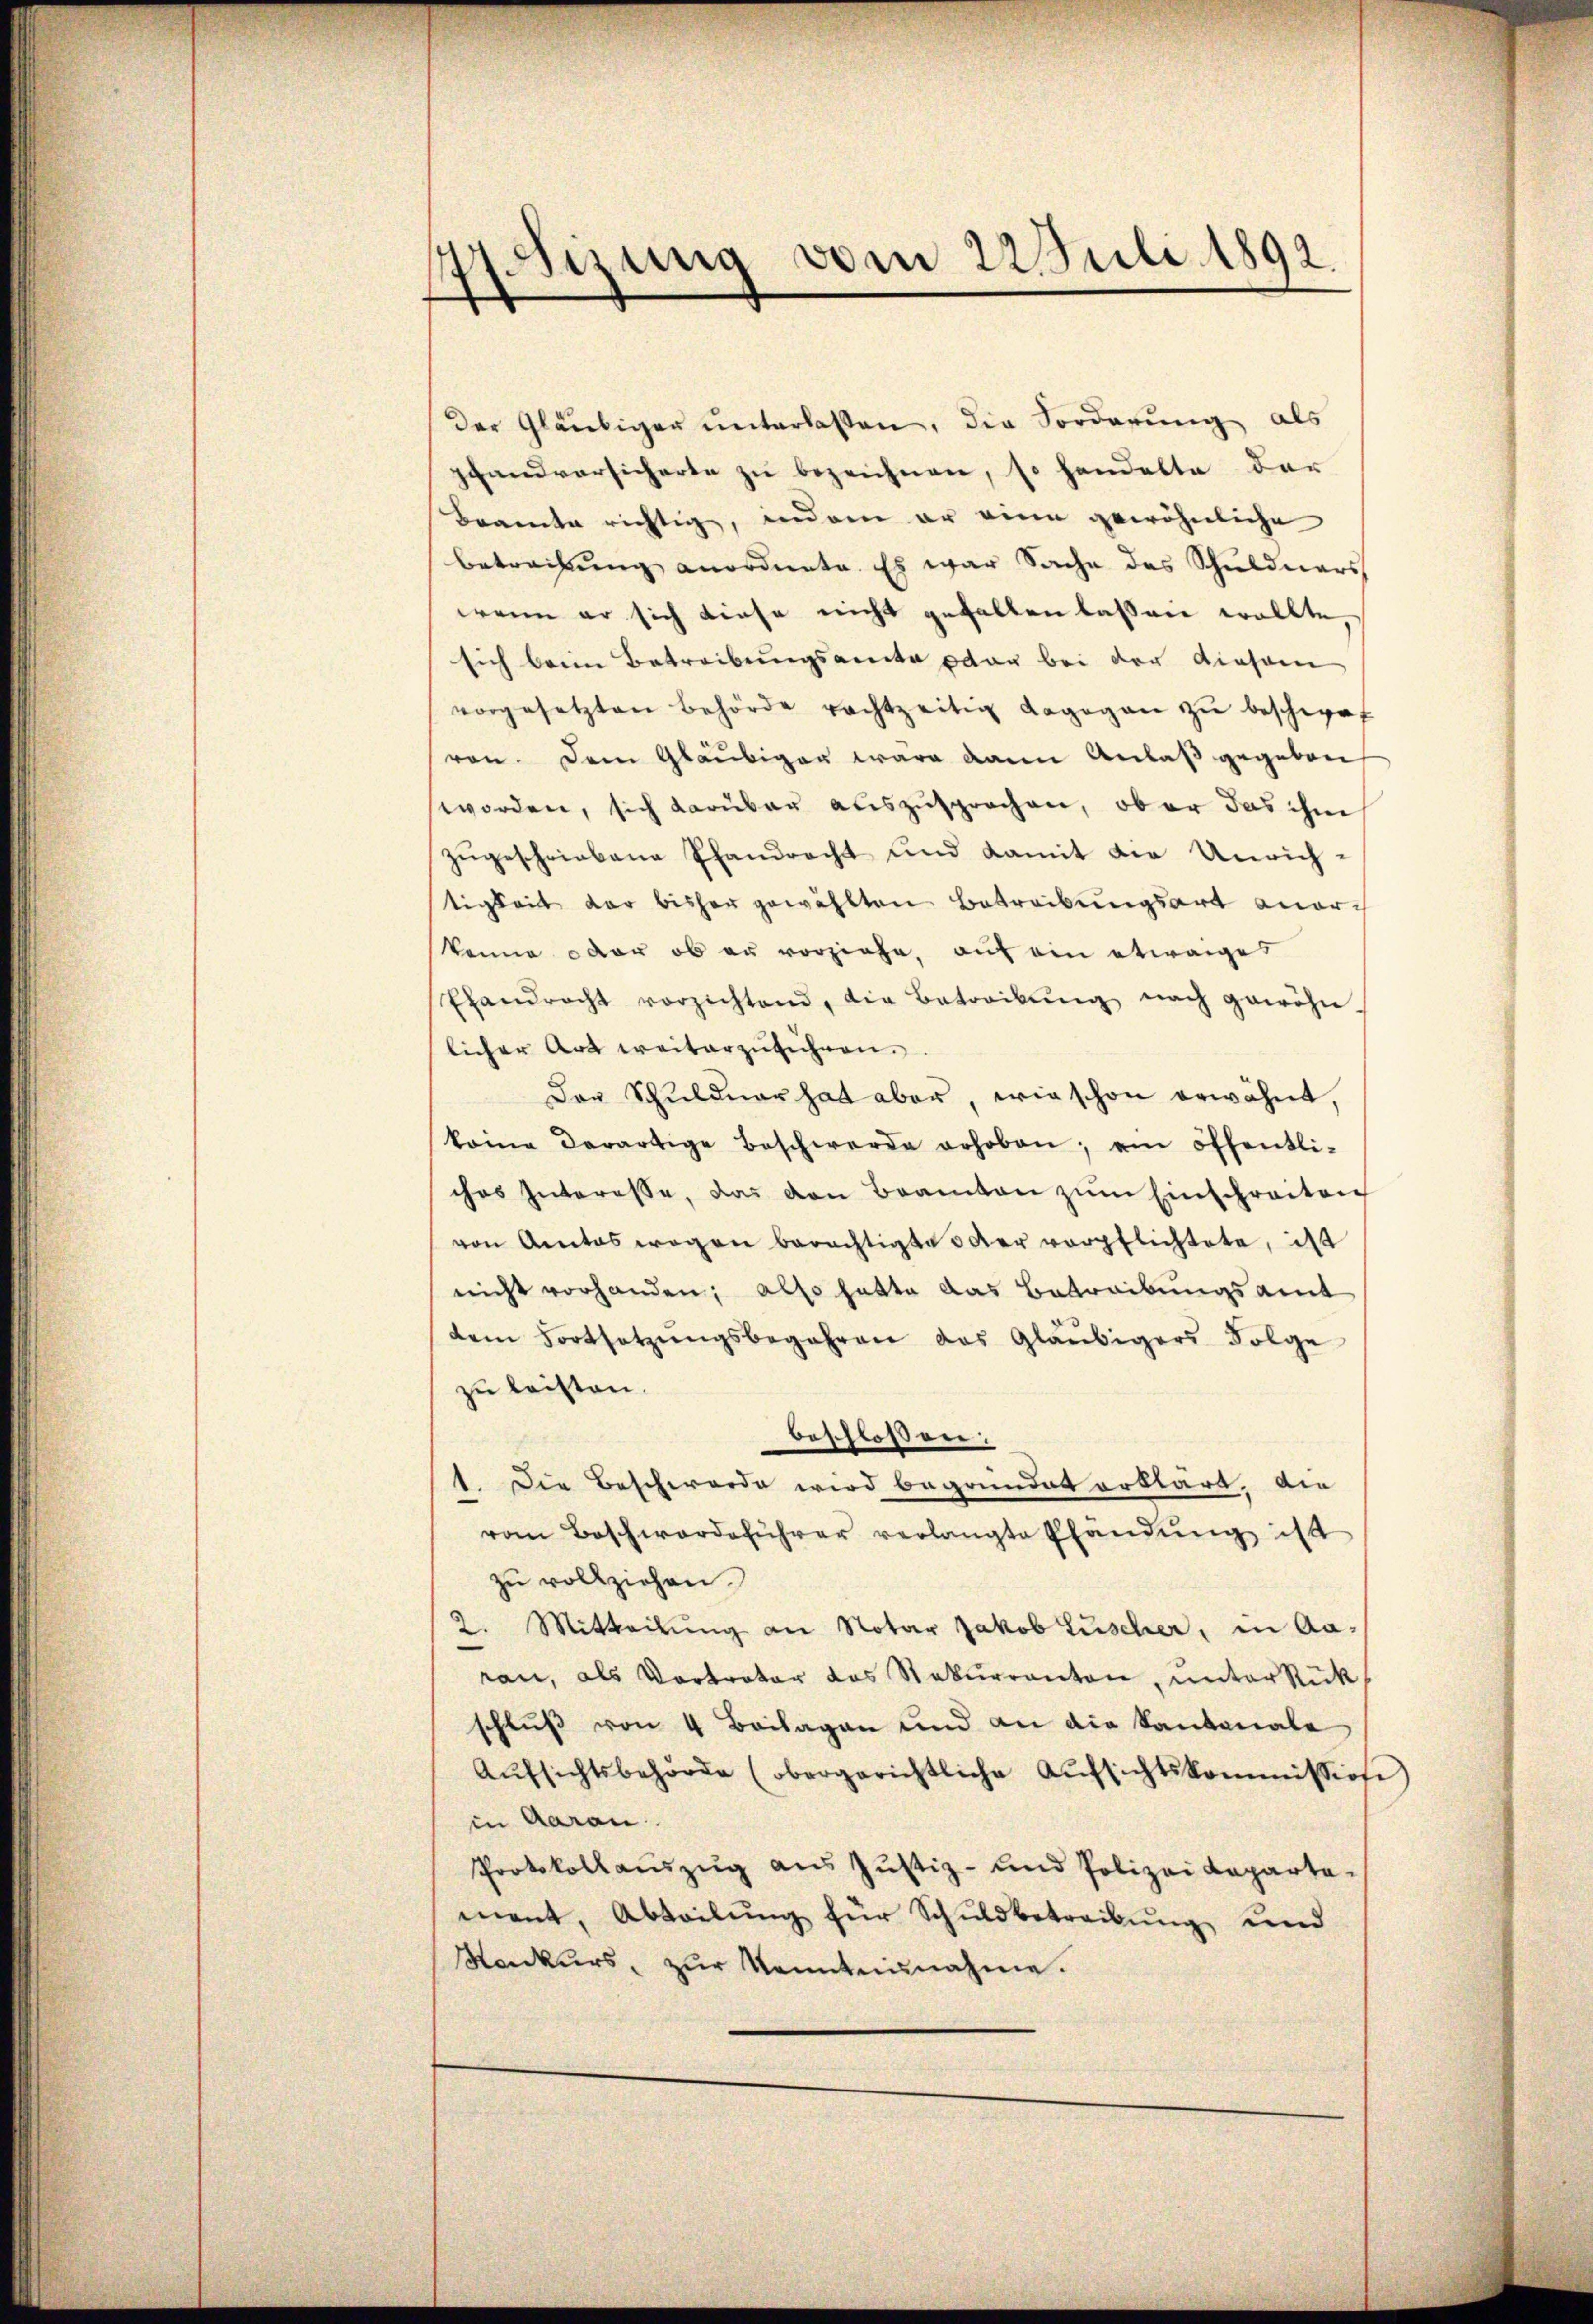
Airung vom 22. Juli 1892.
.
¬

der Gläubiger unterlassen, die Forderung als
pfandversicherte zu bezeichnen, so handelte der
Beamte richtig, inden er eine gewöhnliche
betrachtung anordnete. Es war Sache des Schuldners
wenn er sich diese nicht gefallen lassen wollte,
sich beim Betreibungsamte oder bei der diesem
vorgesetzten Behörde rachtzeitig dagegen zŭ beschwef
von. Dem Gläubiger wäre dann Anlaß gegeben
worden, sich darüber auszusprochen, ob er das ihm
zŭgeschriebene Pfandrecht und damit die Unrichtigkeit der bisher gewählten Betreibungsart anorkönne oder ob er vorziehe, auf ein etwaiges
Pfandrecht vorzichtend, die Betreibŭng nach gewöhn-
licher Art weiterzŭführen.
Das Schŭldner hat aber, wie schon erwähnt,
keine derartige Beschwerde erhoben; ein öffentli-
ches Interesse, das von Beamten zŭm Einschreiten
von Amtes wegen berechtigte 3 der verpflichtete, ist
nicht vorhanden; also hatte das Betreibungsamt
dem Fortsetzŭngsbegehren das Gläubigers Folge
zu leisten.
beschlossen:
1. Die Beschwerde wird begründet erklärt. Die
vom Beschwerdeführer verlangte Pfandŭng ist
zu vollziehen.
2. Mitteilung an Notar Jakob Lüscher, in Aaran, als Vertreter das Rekurrenton, unterstük
schluß von 4 Beilagen und an die Kantonale
Aŭfsichtsbehörde (obergerichtliche Aŭfsichtskommissione
in Aarau
Protokollaŭszŭg aŭs Jŭstiz- und Polizei Kaparta-
ment, Abteilŭng für Schuldbetreibŭng und
Konkurs, zŭr Kenntnŭnahme.